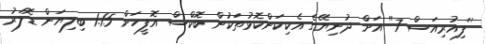
''ފިއުރިއަސް 7'' އަށް ދުނިޔޭގެ އެކިކަންކޮޅުތަކުން ބޮކްސް އޮފީހަށް 1.15 ބިލިޔަން ޑޮލަރު